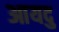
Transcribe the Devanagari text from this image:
आयदु